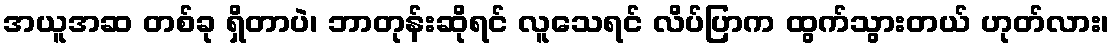
အယူအဆ တစ်ခု ရှိတာပဲ၊ ဘာတုန်းဆိုရင် လူသေရင် လိပ်ပြာက ထွက်သွားတယ် ဟုတ်လား၊